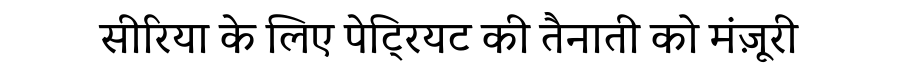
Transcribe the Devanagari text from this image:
सीरिया के लिए पेट्रियट की तैनाती को मंज़ूरी